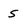
Character: s